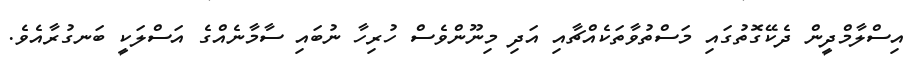
އިސްލާމްދީން ދެކޭގޮތުގައި މަސްތުވާތަކެއްޗާއި އަދި މިނޫންވެސް ހުރިހާ ނުބައި ސާމާނެއްގެ އަސްލަކީ ބަނގުރާއެވެ.